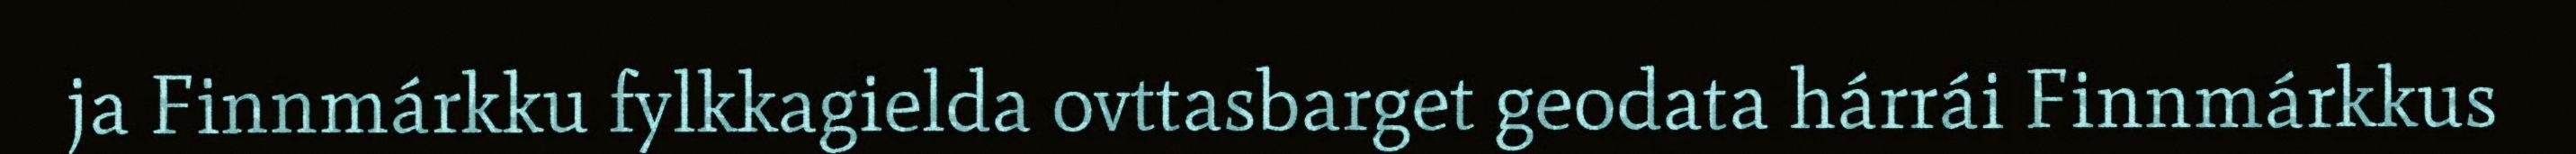
ja Finnmárkku fylkkagielda ovttasbarget geodata hárrái Finnmárkkus